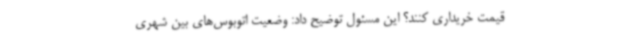
قیمت خریداری کنند؟ این مسئول توضیح داد: وضعیت اتوبوس‌های بین شهری